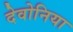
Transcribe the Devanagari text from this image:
देवोनिया